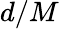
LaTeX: d/M